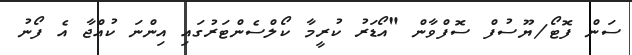
ސަން ފޮޓޯ/ޔޫސުފް ސޮފްވާން "އޯޑަރު ކުރީމާ ކޯލްސެންޓަރުގައި އިންނަ ކުއްޖާ އެ ފޯނު